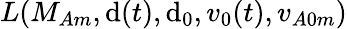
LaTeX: L(M_{Am},\mathrm{d}(t),\mathrm{d}_{0},v_{0}(t),v_{A0m})